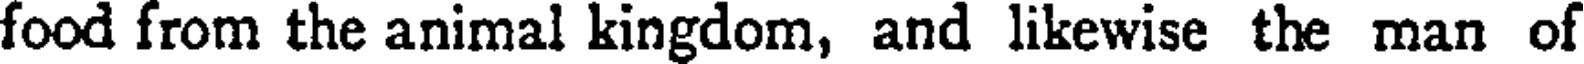
food from the animal kingdom, and likewise the man of